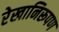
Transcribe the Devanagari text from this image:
रेखानिरूपण